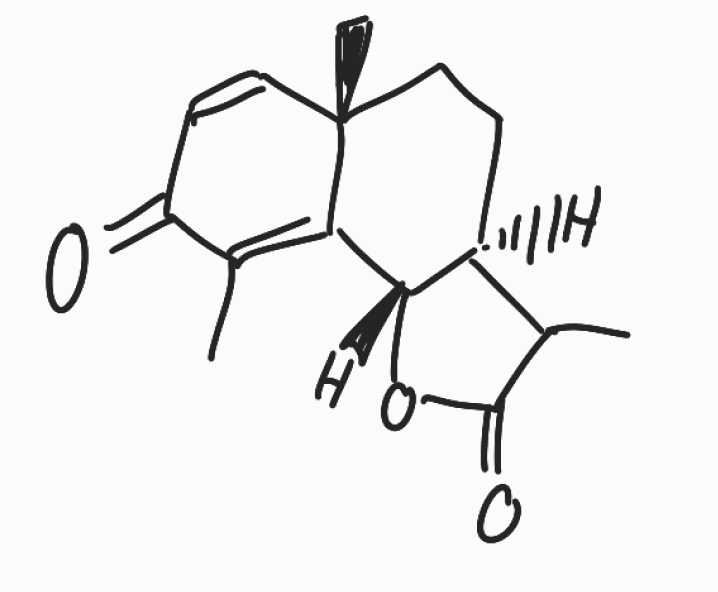
Simplified molecular-input line-entry system (SMILES) notation of the given molecule:
CC1[C@@H]2CC[C@]3(C=CC(=O)C(=C3[C@H]2OC1=O)C)C